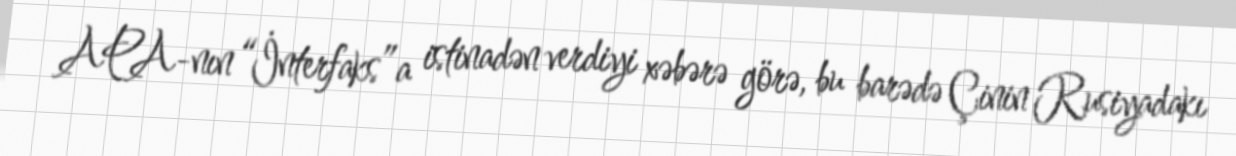
APA-nın “İnterfaks”a istinadən verdiyi xəbərə görə, bu barədə Çinin Rusiyadakı